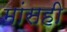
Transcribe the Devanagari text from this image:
मांसही